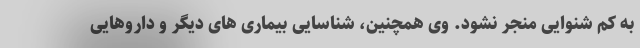
به کم شنوایی منجر نشود. وی همچنین، شناسایی بیماری های دیگر و داروهایی